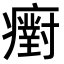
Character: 𤻫